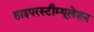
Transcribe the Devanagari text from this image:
हाइपरस्टीम्यूलेशन